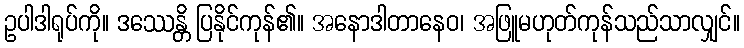
ဥပါဒါရုပ်ကို။ ဒဿေန္တိ ပြနိုင်ကုန်၏။ အနောဒါတာနေဝ၊ အဖြူမဟုတ်ကုန်သည်သာလျှင်။